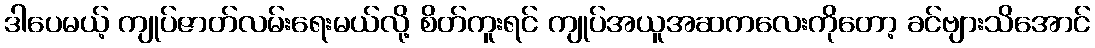
ဒါပေမယ့် ကျုပ်ဇာတ်လမ်းရေးမယ်လို့ စိတ်ကူးရင် ကျုပ်အယူအဆကလေးကိုတော့ ခင်ဗျားသိအောင်